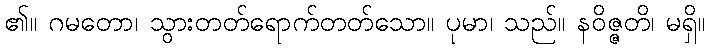
၏။ ဂမတော၊ သွားတတ်ရောက်တတ်သော။ ပုမာ၊ သည်။ နဝိဇ္ဇတိ၊ မရှိ။